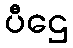
ပီဌေ